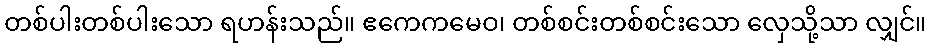
တစ်ပါးတစ်ပါးသော ရဟန်းသည်။ ဧကေကမေဝ၊ တစ်စင်းတစ်စင်းသော လှေသို့သာ လျှင်။